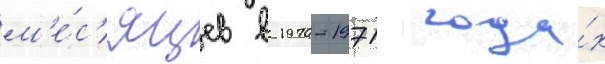
м'е́с'яцев в 1970-1971 года́х